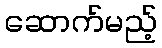
ဆောက်မည့်